画像に写った文字を読んでください
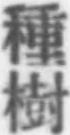
「種樹」と書いてあります